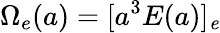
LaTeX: \Omega_{e}(a)=[a^{3}E(a)]_{\mathit e}